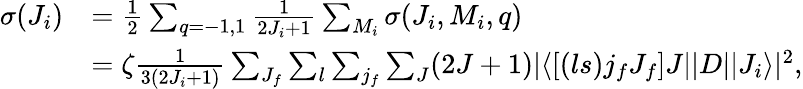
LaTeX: \begin{array}{rl}{\sigma(J_{i})}&{=\frac{1}{2}\sum_{q=-1,1}\frac{1}{2J_{i}+1}\sum_{M_{i}}\sigma(J_{i},M_{i},q)}\\ &{=\zeta\frac{1}{3(2J_{i}+1)}\sum_{J_{f}}\sum_{l}\sum_{j_{f}}\sum_{J}(2J+1)|\langle\left[(ls)j_{f}J_{f}\right]J||D||J_{i}\rangle|^{2},}\end{array}